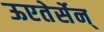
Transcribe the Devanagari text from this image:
ऊएतेर्सेन्